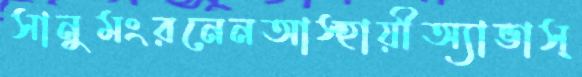
সানুমংরনেনআস্হায়ীঅ্যাভাস্